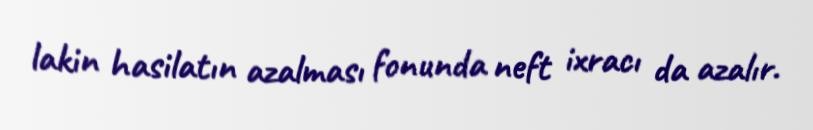
lakin hasilatın azalması fonunda neft ixracı da azalır.